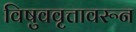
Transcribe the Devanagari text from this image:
विषुववृत्तावरून